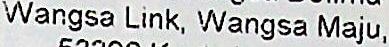
WANGSA LINK, WANGSA MAJU,